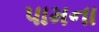
પામના